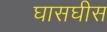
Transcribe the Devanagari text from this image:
घासघीस